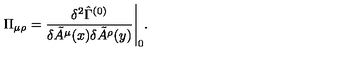
\Pi _ { \mu \rho } = \frac { \delta ^ { 2 } \hat { \Gamma } ^ { ( 0 ) } } { \delta \tilde { A } ^ { \mu } ( x ) \delta \tilde { A } ^ { \rho } ( y ) } \Bigg | _ { 0 } .